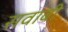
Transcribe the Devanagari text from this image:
सवाबी